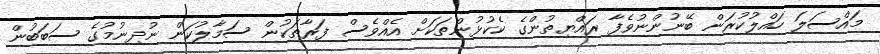
މައްސަލަ ހައްލުކުރަން ބޭނުންނުވެފާ ރައްޔިތުންގެ ކެކުޅުންތަކަށް އެއްވެސް ފަރާތަކުން ސަމާލުކަން ނުދިނުމުގެ ސަބަބުން